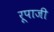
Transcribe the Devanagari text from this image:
रूपाजी